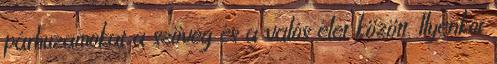
párhuzamokat a szöveg és a valós élet között. Ilyenkor